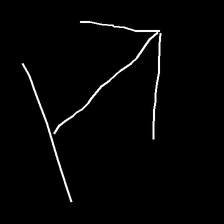
Glyph: levitation